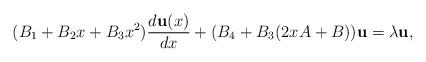
LaTeX: \begin{align*}(B_1+B_2x+B_3x^2){d{\bf u}(x)\over dx} + (B_4 +B_3(2x A + B)){\bf u}=\lambda {\bf u},\end{align*}